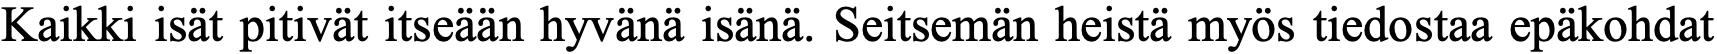
Kaikki isät pitivät itseään hyvänä isänä. Seitsemän heistä myös tiedostaa epäkohdat